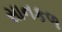
સાનકળ